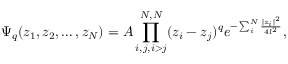
\Psi _ { q } ( z _ { 1 } , z _ { 2 } , \dots , z _ { N } ) = A \prod _ { i , j , i > j } ^ { N , N } ( z _ { i } - z _ { j } ) ^ { q } e ^ { - \sum _ { i } ^ { N } \frac { | z _ { i } | ^ { 2 } } { 4 l ^ { 2 } } } ,